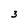
Character: 3